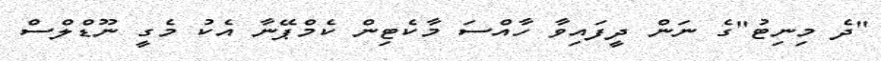
"ދެ މިނިޓު"ގެ ނަން ދީފައިވާ ހާއްސަ މާކެޓިން ކެމްޕޭނާ އެކު މެގީ ނޫޑްލްސް